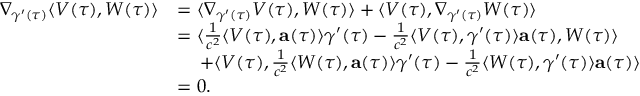
\begin{array} { r l } { \nabla _ { \gamma ^ { \prime } ( \tau ) } \langle V ( \tau ) , W ( \tau ) \rangle } & { = \langle \nabla _ { \gamma ^ { \prime } ( \tau ) } V ( \tau ) , W ( \tau ) \rangle + \langle V ( \tau ) , \nabla _ { \gamma ^ { \prime } ( \tau ) } W ( \tau ) \rangle } \\ & { = \langle \frac { 1 } { c ^ { 2 } } \langle V ( \tau ) , \mathbf { a } ( \tau ) \rangle \gamma ^ { \prime } ( \tau ) - \frac { 1 } { c ^ { 2 } } \langle V ( \tau ) , \gamma ^ { \prime } ( \tau ) \rangle \mathbf { a } ( \tau ) , W ( \tau ) \rangle } \\ & { \quad \: + \langle V ( \tau ) , \frac { 1 } { c ^ { 2 } } \langle W ( \tau ) , \mathbf { a } ( \tau ) \rangle \gamma ^ { \prime } ( \tau ) - \frac { 1 } { c ^ { 2 } } \langle W ( \tau ) , \gamma ^ { \prime } ( \tau ) \rangle \mathbf { a } ( \tau ) \rangle } \\ & { = 0 . } \end{array}